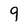
Character: 9